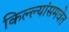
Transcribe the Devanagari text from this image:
किल्ल्यांसमवेत